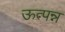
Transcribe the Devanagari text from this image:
ऊत्पन्न